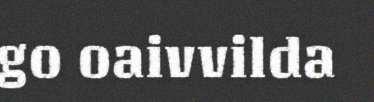
go oaivvilda